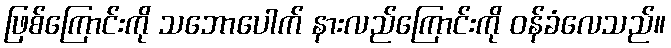
ဖြစ်ကြောင်းကို သဘောပေါက် နားလည်ကြောင်းကို ဝန်ခံလေသည်။